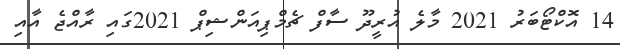
14 އޮކްޓޯބަރު 2021 މާލެ އުރީދޫ ސާފް ޗެމްޕިއަންޝިޕް 2021ގައި ރާއްޖެ އާއި